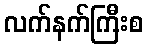
လက်နက်ကြီးစ